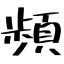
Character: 頻